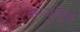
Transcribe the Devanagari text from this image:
क्म्प्यूटिंग